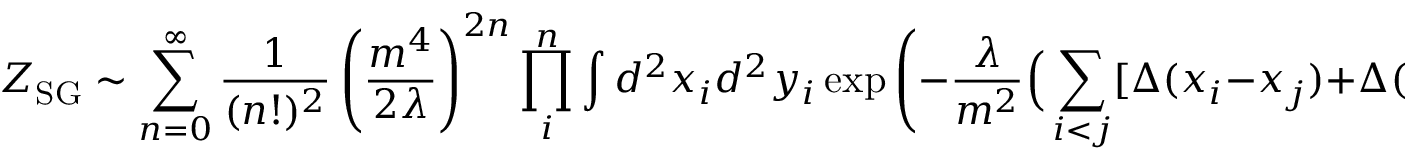
Z _ { \mathrm { S G } } \sim \sum _ { n = 0 } ^ { \infty } \frac { 1 } { ( n ! ) ^ { 2 } } \left( \frac { m ^ { 4 } } { 2 \lambda } \right) ^ { 2 n } \prod _ { i } ^ { n } \int d ^ { 2 } x _ { i } d ^ { 2 } y _ { i } \exp \Bigg ( - \frac { \lambda } { m ^ { 2 } } \Big ( \sum _ { i < j } [ \Delta ( x _ { i } - x _ { j } ) + \Delta ( y _ { i } - y _ { j } ) ] - \sum _ { i , j } \Delta ( x _ { i } - y _ { j } ) \Big ) \Bigg ) .